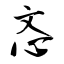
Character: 忞